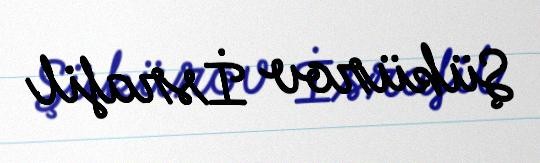
Şükürov İsrafil